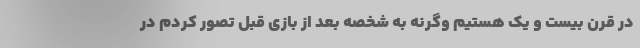
در قرن بیست و یک هستیم وگرنه به شخصه بعد از بازی قبل تصور کردم در